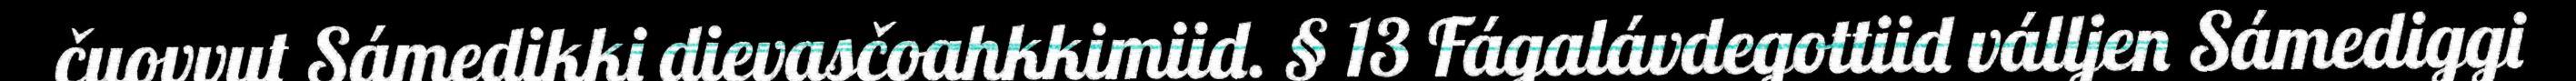
čuovvut Sámedikki dievasčoahkkimiid. § 13 Fágalávdegottiid válljen Sámediggi